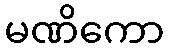
မဏိကော